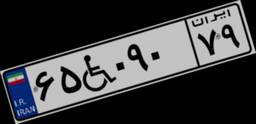
۲۴W۰۸۴۰۶